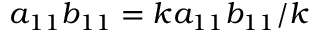
a _ { 1 1 } b _ { 1 1 } = k a _ { 1 1 } b _ { 1 1 } / k